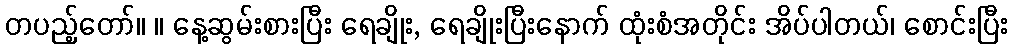
တပည့်တော်။ ။ နေ့ဆွမ်းစားပြီး ရေချိုး, ရေချိုးပြီးနောက် ထုံးစံအတိုင်း အိပ်ပါတယ်၊ စောင်းပြီး